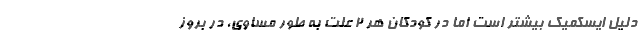
دلیل ایسکمیک بیشتر است اما در کودکان هر ۲ علت به طور مساوی، در بروز